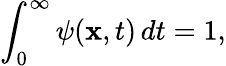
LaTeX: \int_{0}^{\infty}\psi(\mathbf{x},t)\, dt=1,